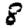
Digit: 8